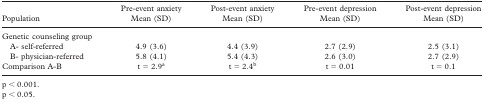
<table><thead><tr><td><b>Population</b></td><td><b>Pre-event anxiety Mean (SD)</b></td><td><b>Post-event anxiety Mean (SD)</b></td><td><b>Pre-event depression Mean (SD)</b></td><td><b>Post-event depression Mean (SD)</b></td></tr></thead><tbody><tr><td colspan="5">Genetic counseling group</td></tr><tr><td> A- self-referred</td><td>4.9 (3.6)</td><td>4.4 (3.9)</td><td>2.7 (2.9)</td><td>2.5 (3.1)</td></tr><tr><td> B- physician-referred</td><td>5.8 (4.1)</td><td>5.4 (4.3)</td><td>2.6 (3.0)</td><td>2.7 (2.9)</td></tr><tr><td>Comparison A-B</td><td>t = 2.9<sup>a</sup></td><td>t = 2.4<sup>b</sup></td><td>t = 0.01</td><td>t = 0.1</td></tr></tbody></table>